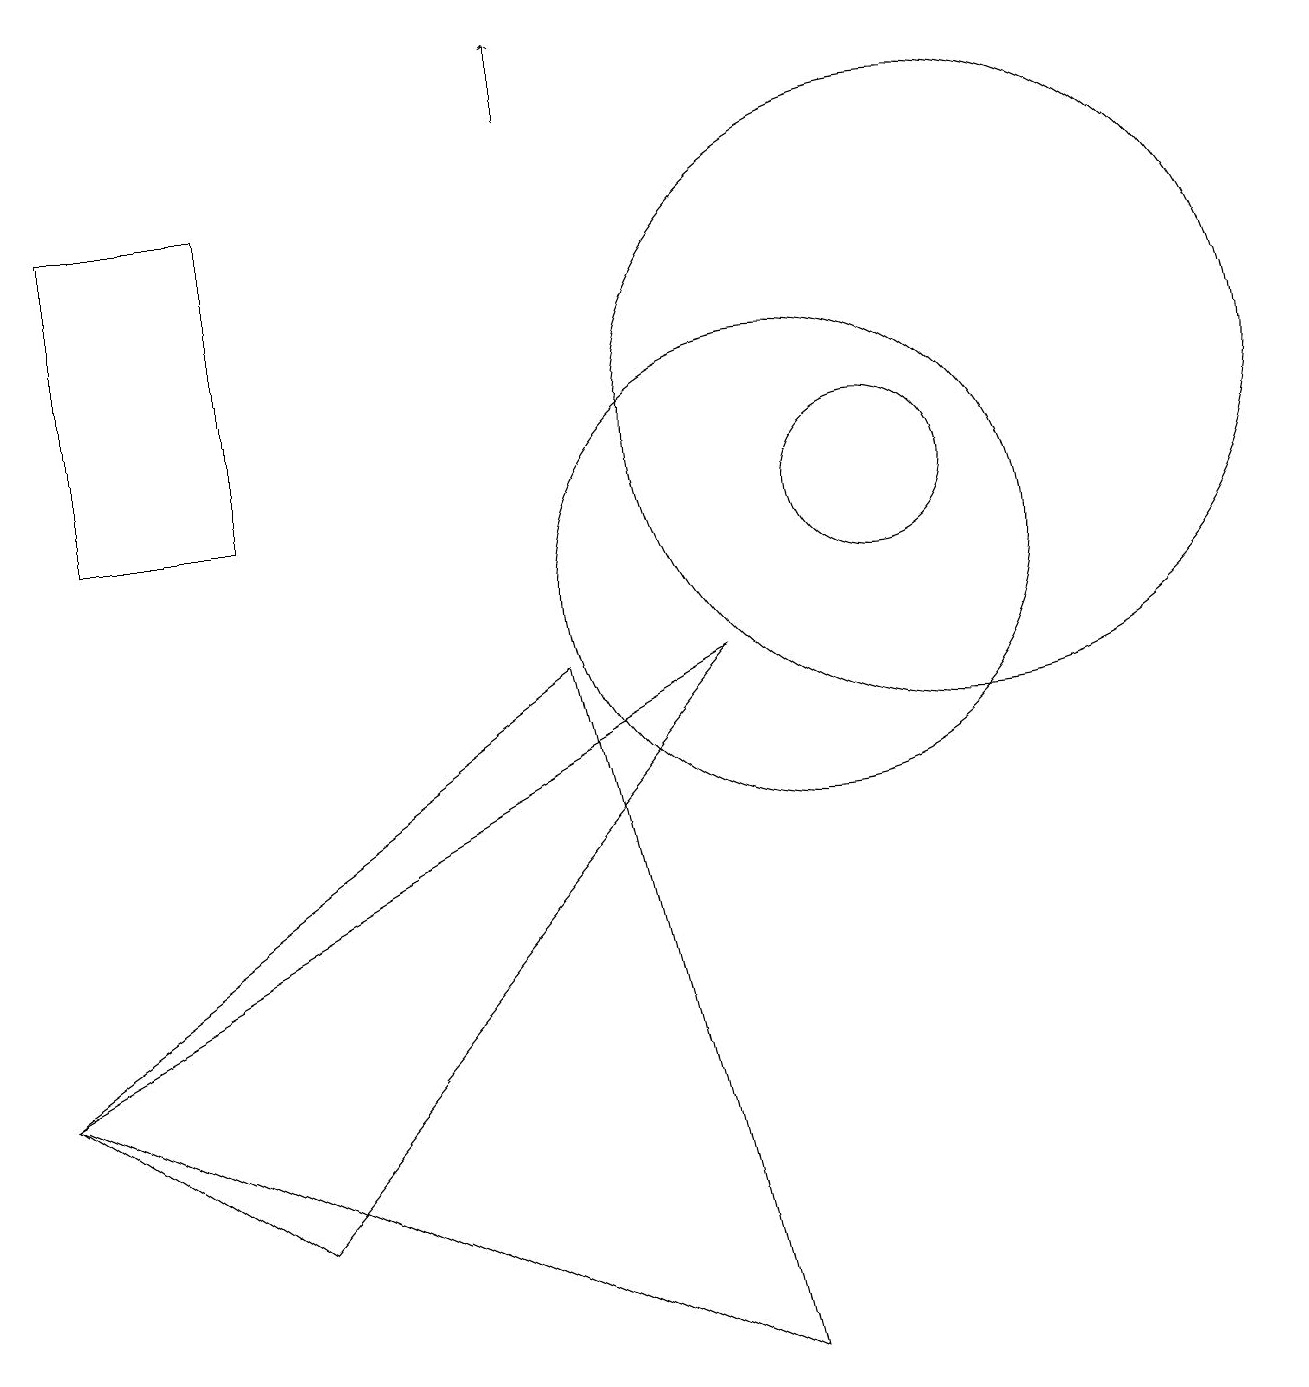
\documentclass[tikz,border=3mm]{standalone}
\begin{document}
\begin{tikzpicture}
\draw (9,0) -- (0,4) -- (7,9) -- cycle;
\draw (10,10) circle (3);
\draw (11,11) circle (1);
\draw (9,9) -- (0,4) -- (3,2) -- cycle;
\draw (12,12) circle (4);
\draw[->] (7,16) -- (7,17);
\draw (3,11) rectangle (1,15);
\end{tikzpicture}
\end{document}